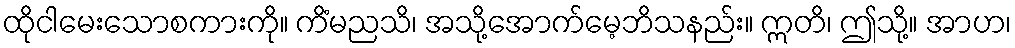
ထိုငါမေးသောစကားကို။ ကိံမညသိ၊ အသို့အောက်မေ့ဘိသနည်း။ ဣတိ၊ ဤသို့။ အာဟ၊